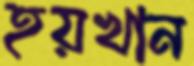
হয়খান